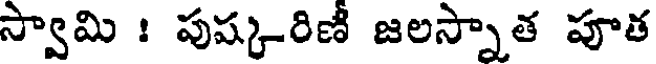
స్వామి : పుష్కరిణీ జలస్నాత పూత